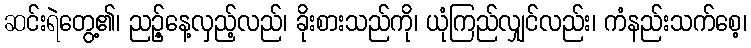
ဆင်းရဲတွေ့၏၊ ညဉ့်နေ့လှည့်လည်၊ ခိုးစားသည်ကို၊ ယုံကြည်လျှင်လည်း၊ ကံနည်းသက်စေ့၊